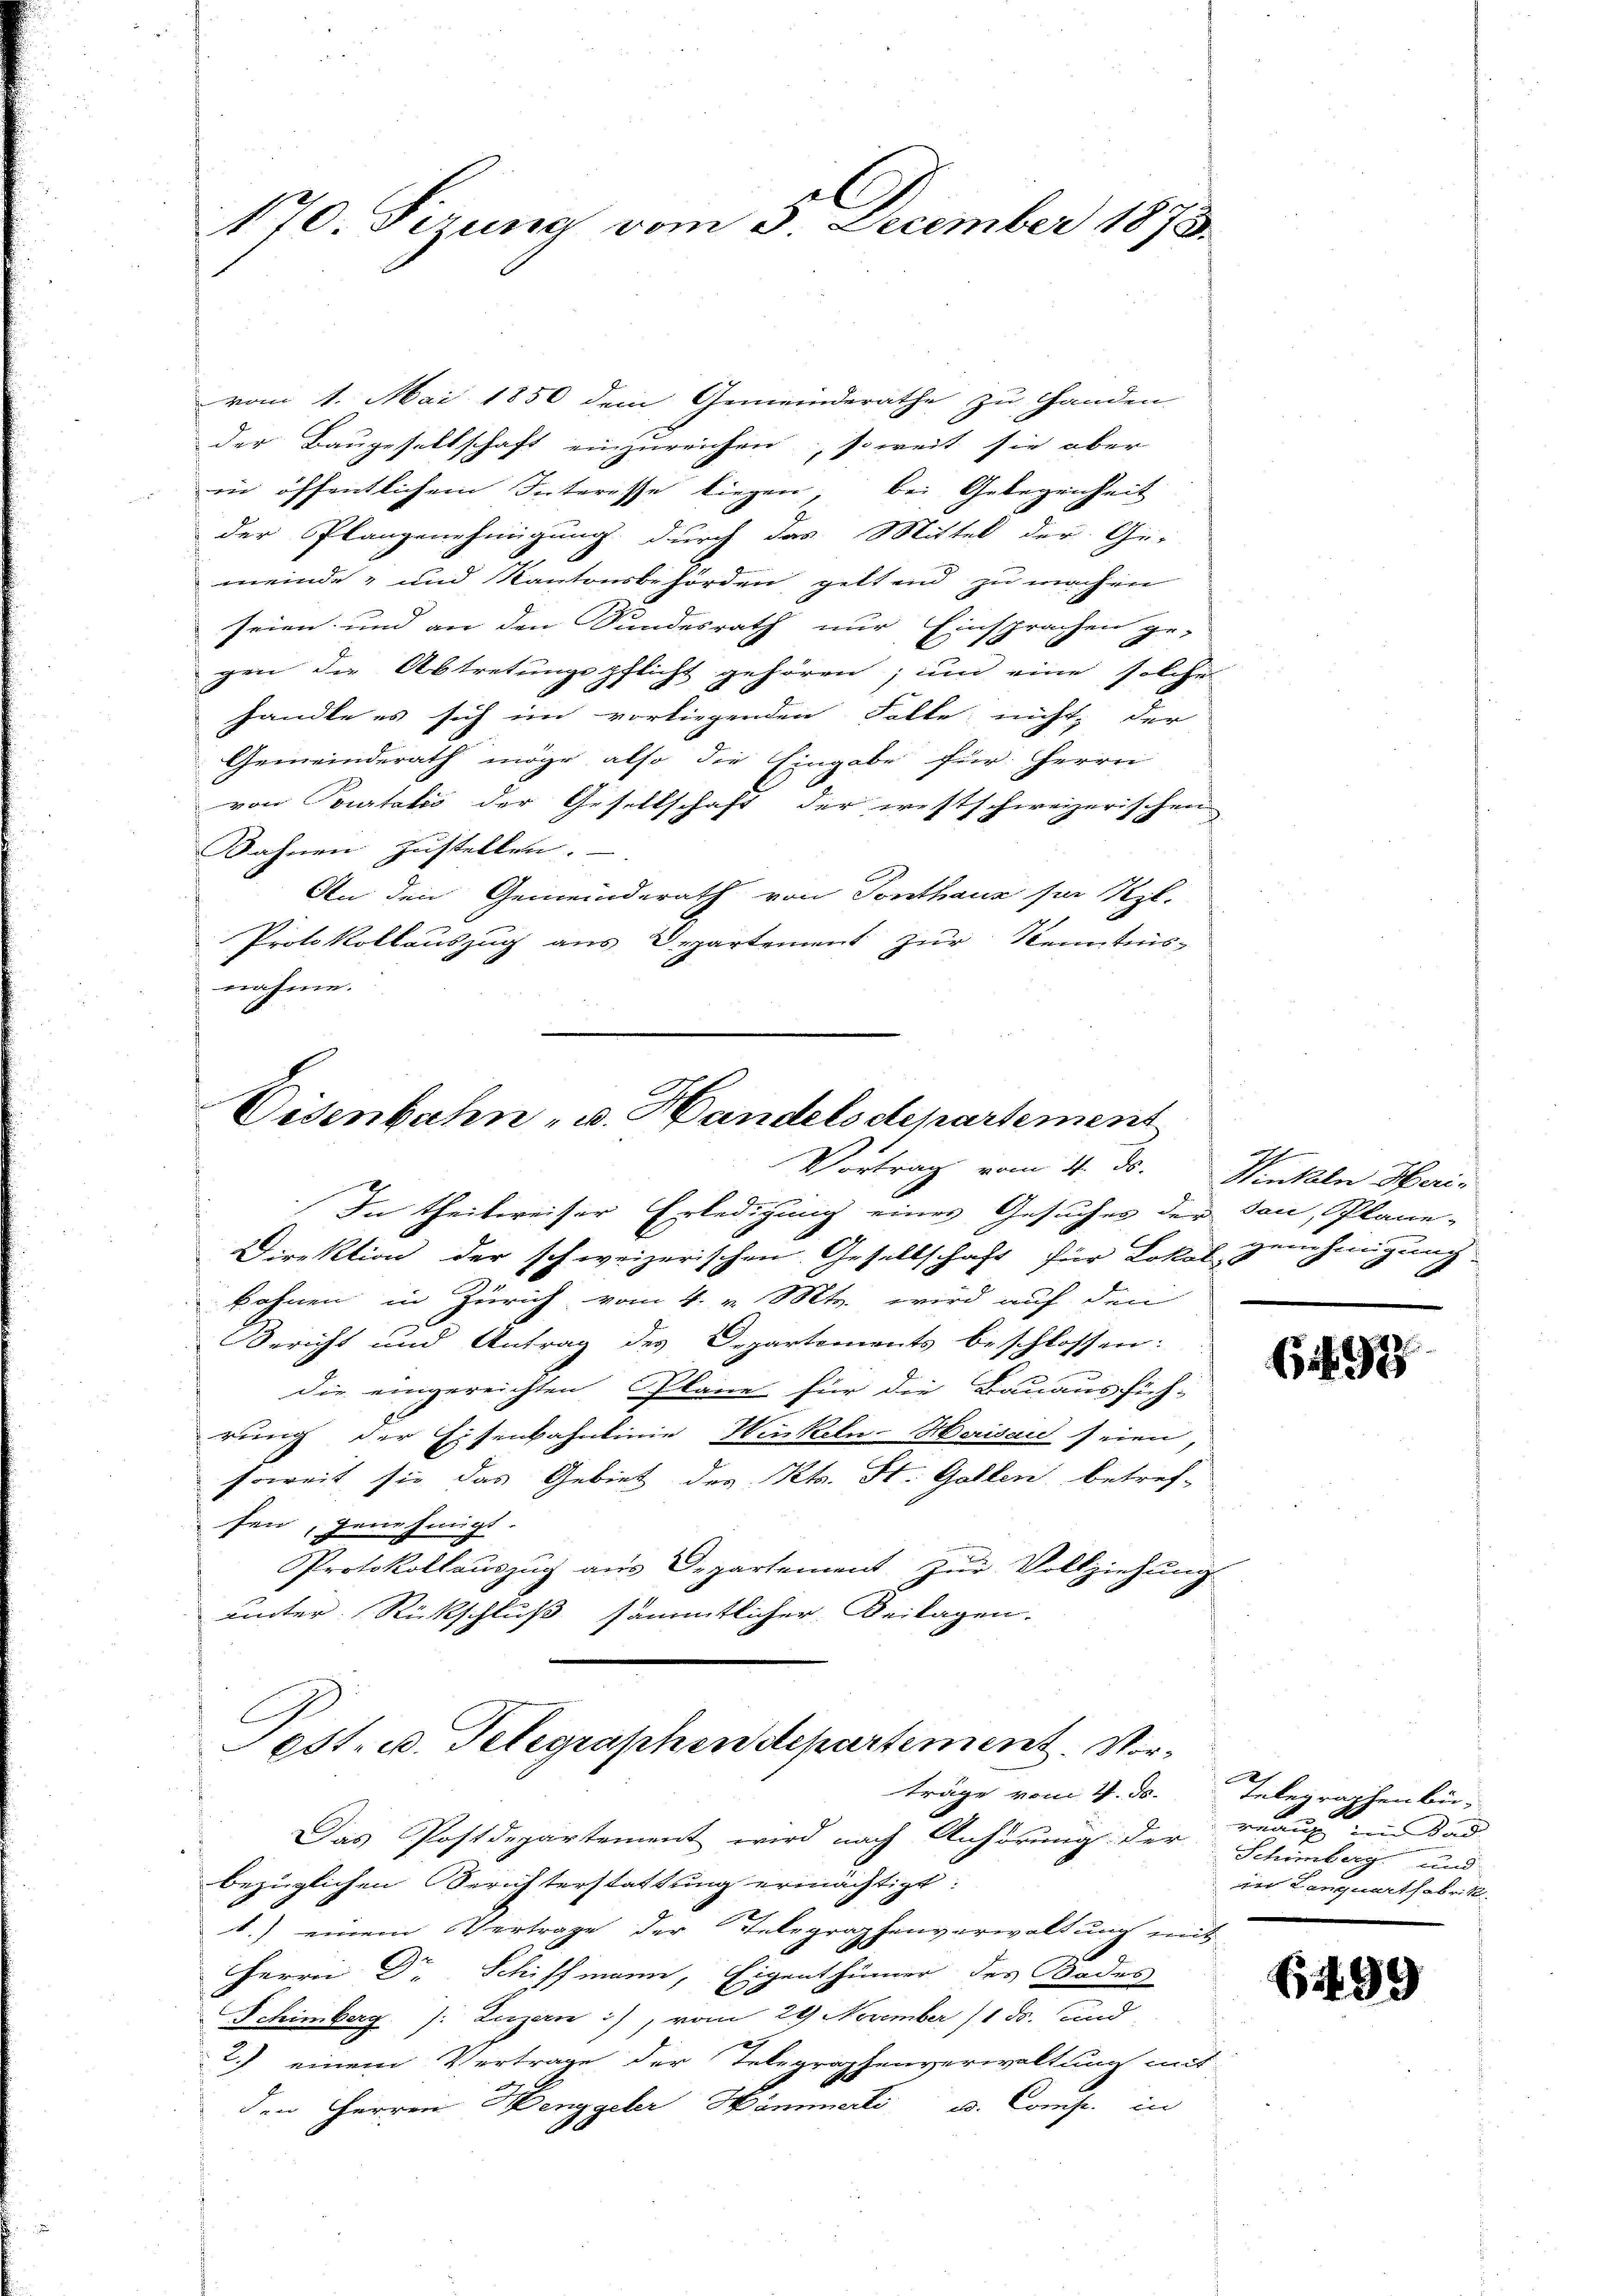
170. Ferung vom 3. December 1873.

vom 1. Mai 1850 dem Gemeinderäthe zu Handen
der Baugesellschaft einzureichen, soweit sie aber
vir öffentlichem Interesse liegen bei Gelegenheit
der Plangenehmigung durch das Mittel der Ge-
meinde- und Kantonsbehörden geltend zu machen
seien und an den Sundesrath nur Einsprachen ge-
gen die Abtretungspflicht gehören; und eine solche
handle es sich im vorliegenden Falle, nicht, der
Gemeinderath möge also die Eingabe für Herrn
von Courtatis der Gesellschaft der westschweizerischen
Bahnen zustellen.
An den Gemeinderath von Tonthaus sei Szl.
Protokollauszug aus Departement zur Kenntnisnahme.

Eisenbahn- u. Handels departement
Vortrag vom 4. ds.

In theilweiser Erledigung eines Gesuches der den, Plane-
Direktion der schweizerischen Gesellschaft für Lokal genehmigung
bohnen in Zürich vom 4. v. Mts. wird auf den
Bericht und Antrag des Departements beschlossen:
die eingereichten Pläne für die Bauausfüh-
rung der Eisenbahnlinie Hinkeln-Herisau seien,
soweit sie das Gebiet des Kts. St. Gallen betref-
fen, genehmigt.
Protokollauszug aus Departement zur Vollziehung
unter Rückschluß sämmtlicher Beilagen.

bezüglichen Berichterstattung ermächtigt:
1.) einem Vertrage der Telegraphenverwaltung mit
Herrn Dr Schiffmann, Eigenthümer des Bades
Schimberg /: Luzern), vom 29 November 11 Fr. und
2.) einem Vertrage der Telegraphenverwaltung mit
den Herren Henggeler Hämmerli u. Comp. in

Post- u. Telegraphen departement. Vorträge vom 4. d.
Das Postdepartement wird nach Anhörung der Schönberg und

Winkeln Meri¬

6497

Telegraphen bei
A
veau im Stad
der Lanquartfabrik

(199